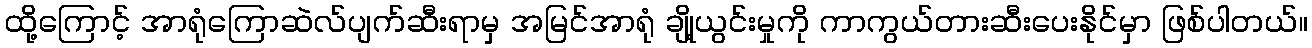
ထို့ကြောင့် အာရုံကြောဆဲလ်ပျက်ဆီးရာမှ အမြင်အာရုံ ချို့ယွင်းမှုကို ကာကွယ်တားဆီးပေးနိုင်မှာ ဖြစ်ပါတယ်။